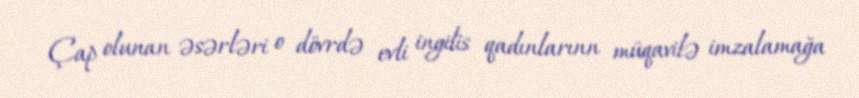
Çap olunan əsərləri o dövrdə evli ingilis qadınlarınn müqavilə imzalamağa